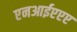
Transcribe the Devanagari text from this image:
एनआईएएए